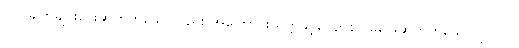
(၂) ချက်ချင်းဖြေဆိုတတ်သော်လည်း အကြောင်းယုတ္တိနှင့်လျော်စွာ မဖြေဆိုတတ်သော ပုဂ္ဂိုလ်။